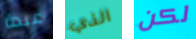
عبدة الذي لكن